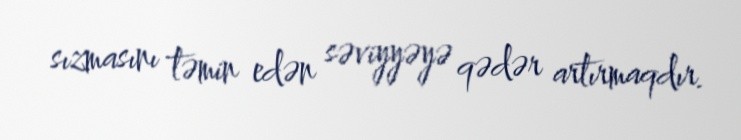
sızmasını təmin edən səviyyəyə qədər artırmaqdır.